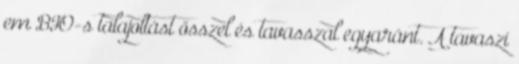
em BIO-s talajoltást ősszel és tavasszal egyaránt. A tavaszi